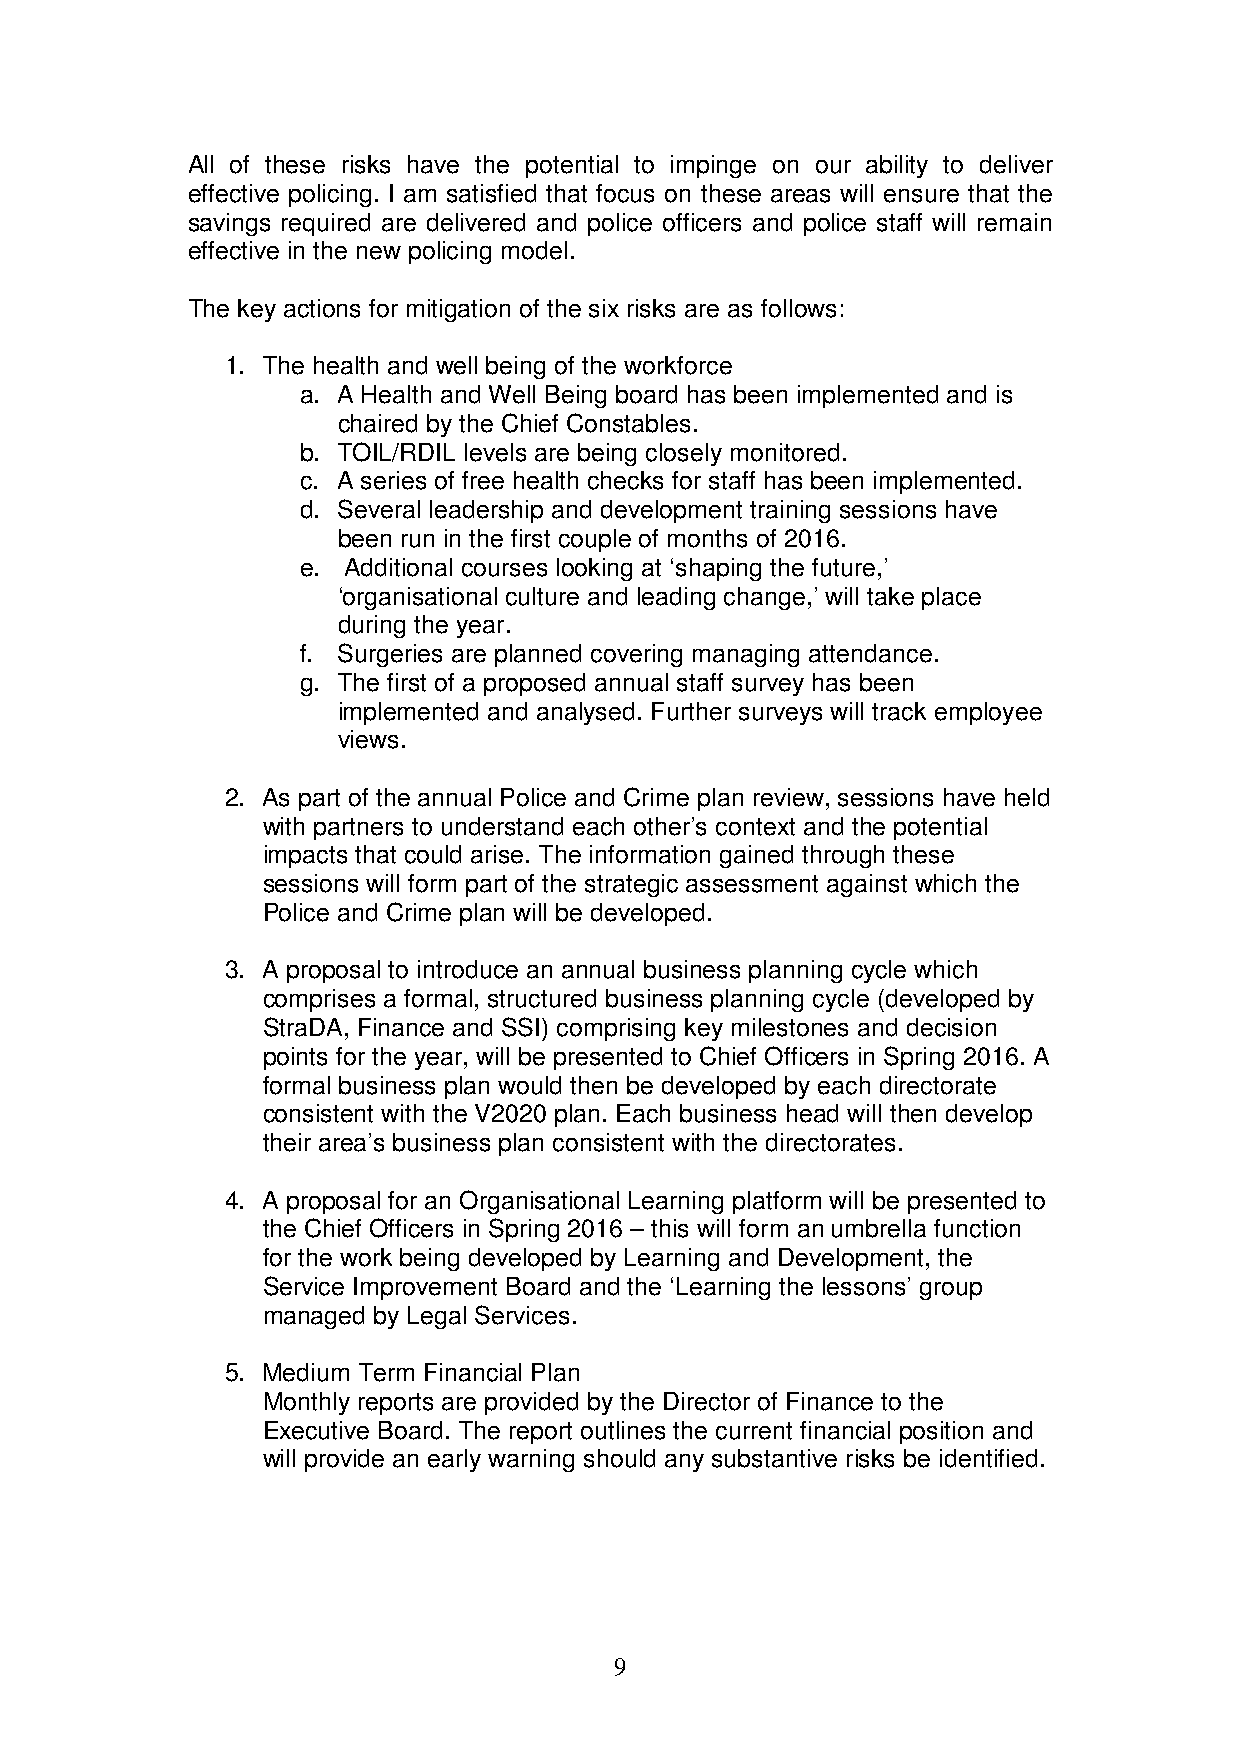
All of these risks have the potential to impinge on our ability to deliver
 effective policing. I am satisfied that focus on these areas will ensure that the
 savings required are delivered and police officers and police staff will remain
 effective in the new policing model.
 The key actions for mitigation of the six risks are as follows:
 1. The health and well being of the workforce
 a. A Health and Well Being board has been implemented and is
 chaired by the Chief Constables.
 b. TOIL/RDIL levels are being closely monitored.
 c. A series of free health checks for staff has been implemented.
 d. Several leadership and development training sessions have
 been run in the first couple of months of 2016.
 e. Additional courses looking at ‘shaping the future,’
 ‘organisational culture and leading change,’ will take place
 during the year.
 f. Surgeries are planned covering managing attendance.
 g. The first of a proposed annual staff survey has been
 implemented and analysed. Further surveys will track employee
 views.
 2. As part of the annual Police and Crime plan review, sessions have held
 with partners to understand each other’s context and the potential
 impacts that could arise. The information gained through these
 sessions will form part of the strategic assessment against which the
 Police and Crime plan will be developed.
 3. A proposal to introduce an annual business planning cycle which
 comprises a formal, structured business planning cycle (developed by
 StraDA, Finance and SSI) comprising key milestones and decision
 points for the year, will be presented to Chief Officers in Spring 2016. A
 formal business plan would then be developed by each directorate
 consistent with the V2020 plan. Each business head will then develop
 their area’s business plan consistent with the directorates.
 4. A proposal for an Organisational Learning platform will be presented to
 the Chief Officers in Spring 2016 – this will form an umbrella function
 for the work being developed by Learning and Development, the
 Service Improvement Board and the ‘Learning the lessons’ group
 managed by Legal Services.
 5. Medium Term Financial Plan
 Monthly reports are provided by the Director of Finance to the
 Executive Board. The report outlines the current financial position and
 will provide an early warning should any substantive risks be identified.
 9